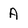
Character: A